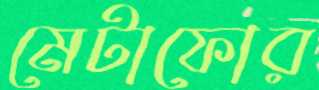
মেটাফোর